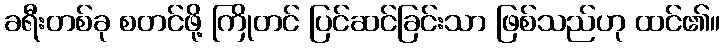
ခရီးတစ်ခု စတင်ဖို့ ကြိုတင် ပြင်ဆင်ခြင်းသာ ဖြစ်သည်ဟု ထင်၏။